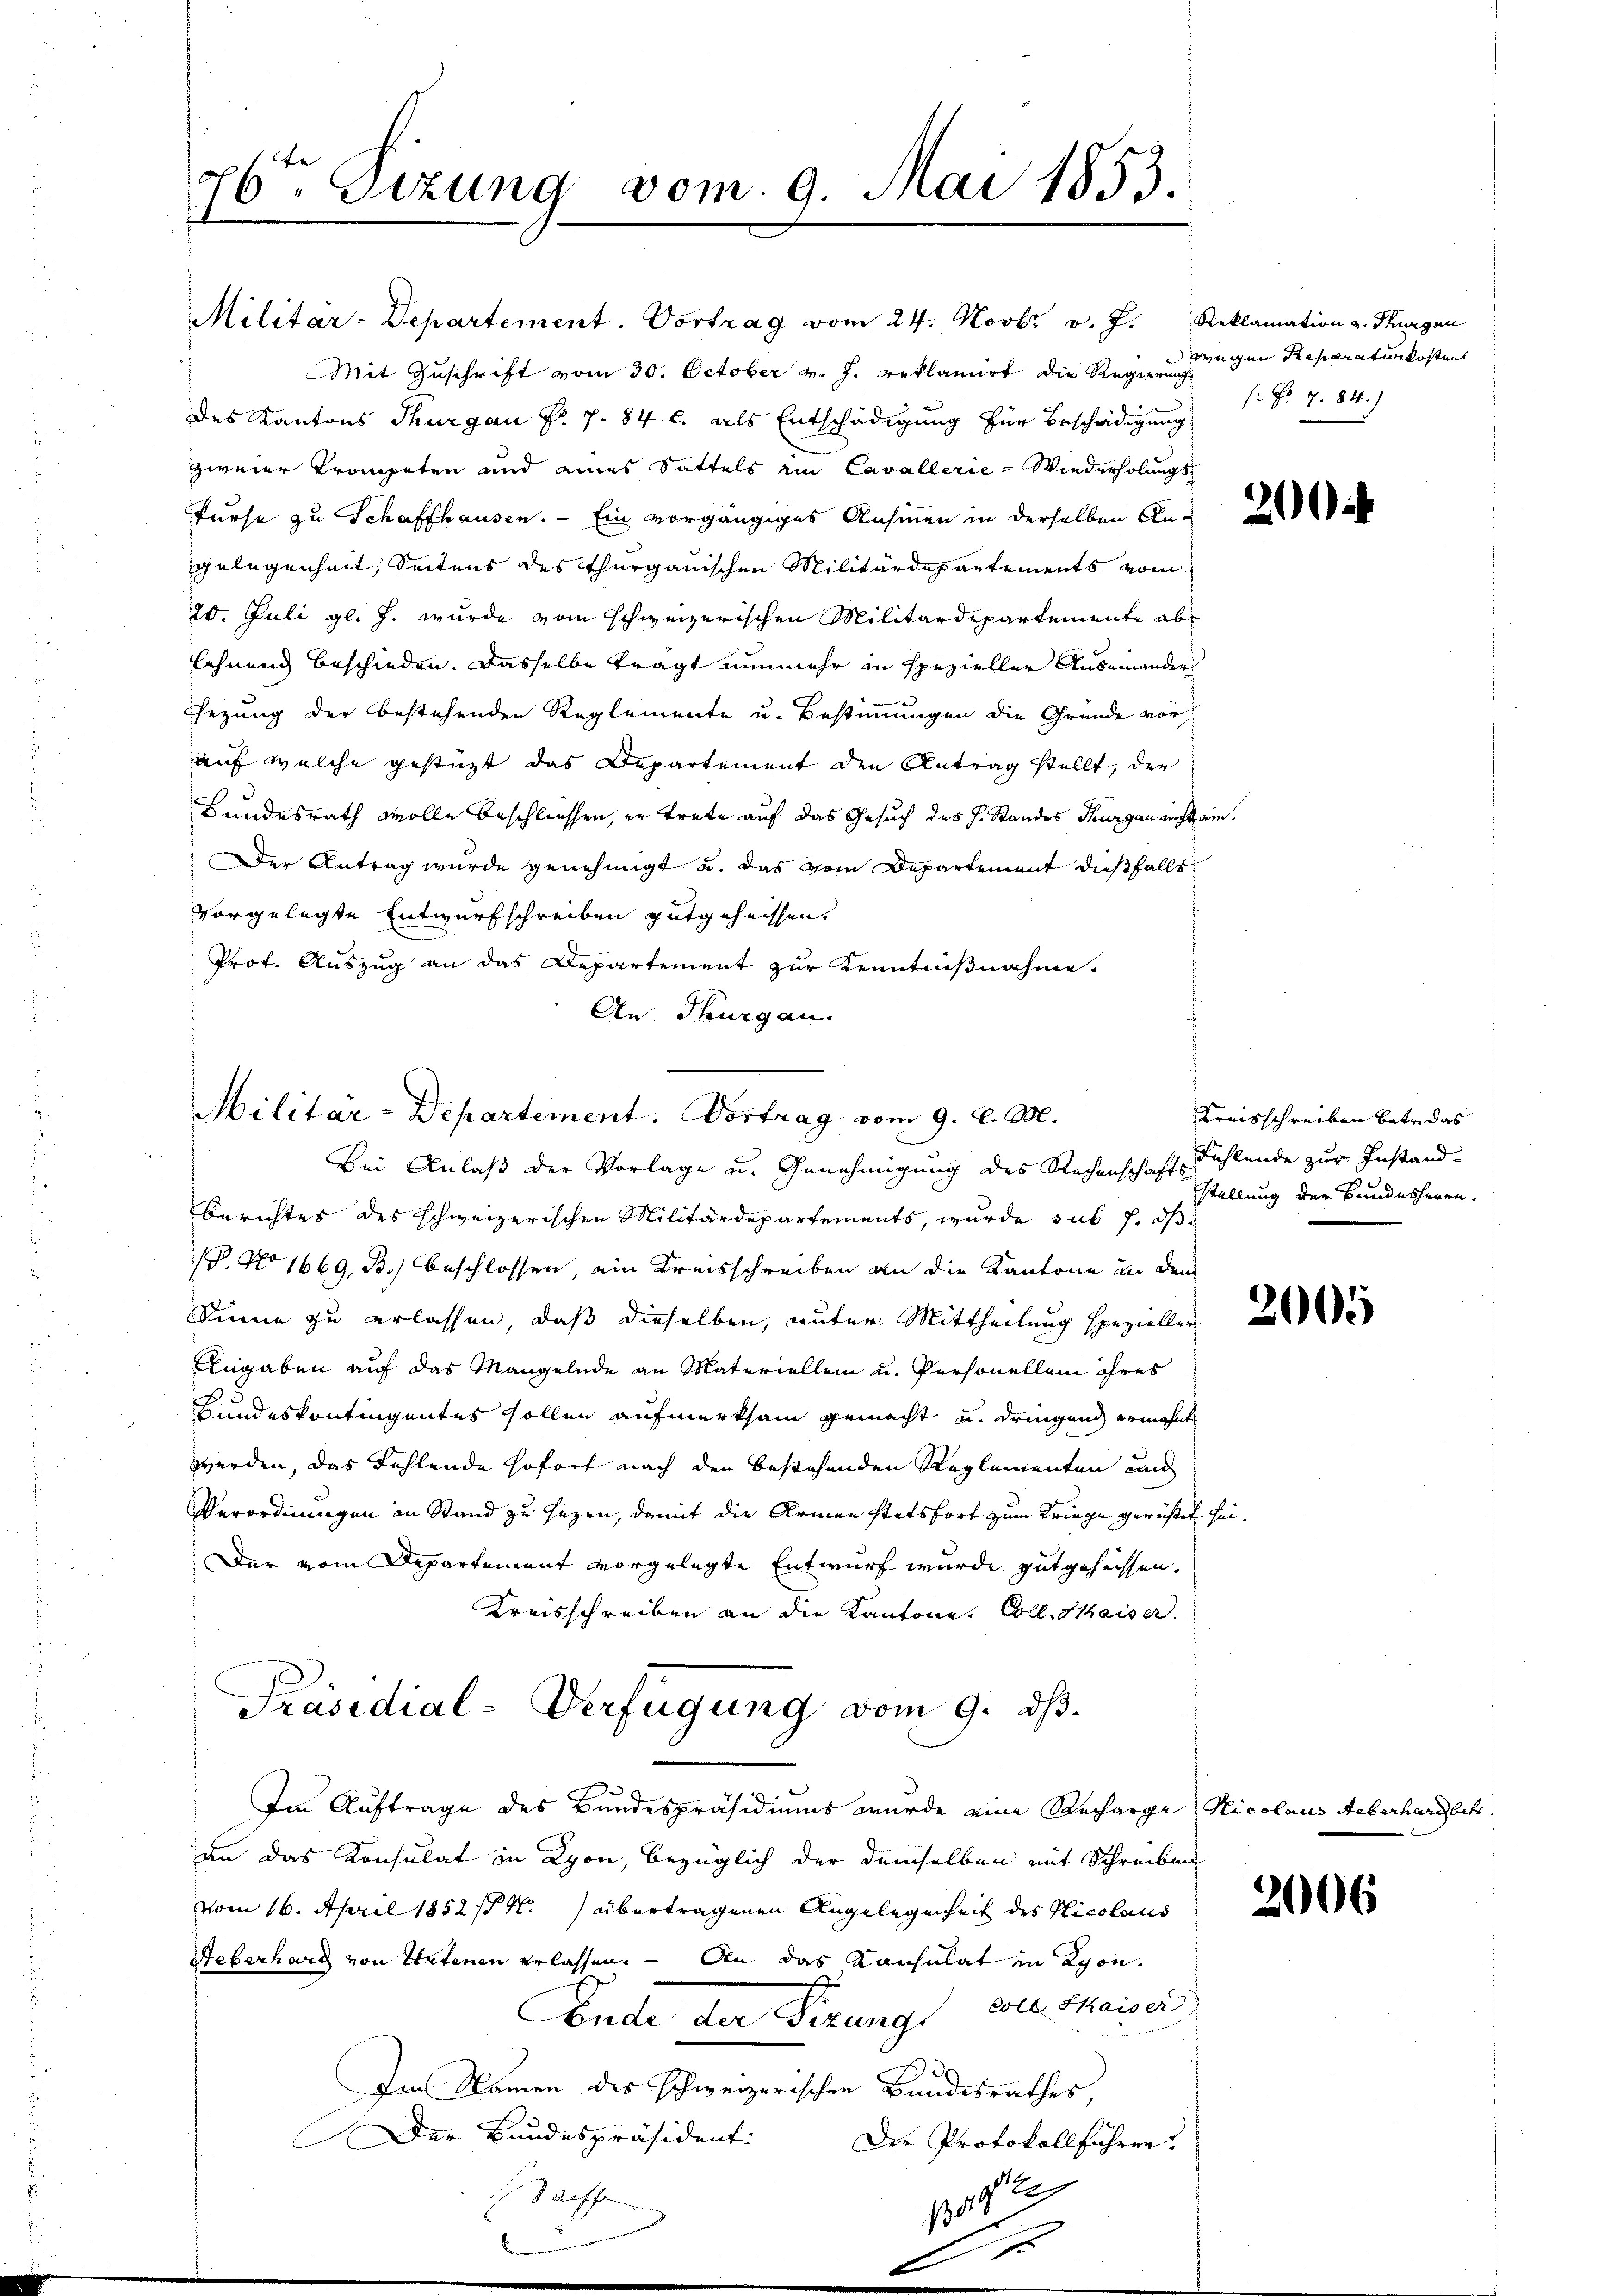
26ten Sizung vom 9. Mai 1853.

Militär-Departement. Vortrag vom 24. Novbr. v. J. Reklamation v. Thurgan
Mit Zuschrift vom 30. October v. J. geklamirt die Regierung wegen Reparaturkostent
des Kantons Thurgau Fr. 7. 84. c. als Entschädigung für Beschädigung
zweier Trompeten und eines Sattels im Cavallerie - Wiederholungs-
kurse zu Schaffhausen. — Ein vorgängiges Ansinnen in derselben Angelegenheit, Seitens des Thurgauischen Militärdepartements vom
20. Juli gl. J. wurde vom schweizerischen Militärdepartemente ab
lehnung beschieden. Dasselbe tragt nunmehr in spezieller Auseinandersezung der bestehenden Reglemente u. Bestimmungen die Gründe vor,
auf welche gestüzt das Departement den Antrag stellt, der
Bundesrath wolle beschliessen, er trete auf das Gesuch des H. Standes Thurgau nicht ein
Der Antrag wurde genehmigt u. das vom Departement dießfalls
vorgelegte Entwurfschreiben gutgeheissen.
Prot. Auszug an das Departement zur Kenntnißnahme-
An Tugen.

Militar-Departement. Vortrag vom 9. d. M.
Bei Anlaß der Vorlage u. Genehmigung des Rechenschaft fühlende zur Instand¬

Nr. 7. 84.)

Berichtes des schweizerischen Militärdepartements, wurde sub 1. ds
P. No 1669, B.) beschlossen, ein Kreisschreiben an die Kantone in dem
Sinne zu erlassen, daß dieselben, unter Mittheilung spezieller
Angaben auf das Mangelnde an Materiellein u. Personellem ihres
Hundeskontingentes sollen aufmerksam gemacht u. dringend ermahnt
werden, das Fehlende sofort nach den bestehenden Reglementen und
Verordnungen in Stand zu sezen, damit die Armen stetsfort zum Kriege gerüstet sei
Der vom Departement vorgelegte Entwurf wurde gutgeheissen.
Kreisschreiben an die Kantone. Coll. Kaiser.
Präsidial-Verfügung vom 9. ds.
Im Auftrage des Bundespräsidiums wurde eine Recharge Nicolaus Aeberhard betr
an das Konsulat in Lyon, bezüglich der demselben mit Schreiben
vom 16. April 1852 / M. übertragenen Angelegenheit des Nicolaus
Ueberhard von Untenen erlassen. – An das Konsulat in Lyon
Ende der Firungs ausherisc
Im Namen des schweizerischen Bandesrathes,
Der Bundespräsident:
Der Protokollführen.
E Saiffe
1512

Kreisschreiben betr. das
stellung der Bundesherrn.

2066